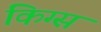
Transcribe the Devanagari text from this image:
किग्स